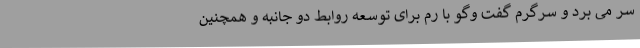
سر می برد و سرگرم گفت وگو با رم برای توسعه روابط دو جانبه و همچنین